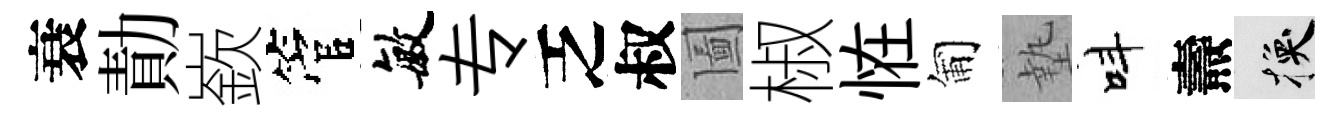
衰勣嶔管敏专乏叔圗椒恠匍墊呌燾换